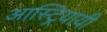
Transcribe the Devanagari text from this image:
आस्ट्रियायी